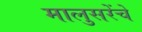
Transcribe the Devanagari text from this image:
मालुसरेंचे